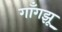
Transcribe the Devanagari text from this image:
गाँगझू